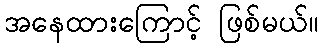
အနေထားကြောင့် ဖြစ်မယ်။